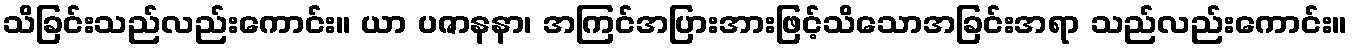
သိခြင်းသည်လည်းကောင်း။ ယာ ပဇာနနာ၊ အကြင်အပြားအားဖြင့်သိသောအခြင်းအရာ သည်လည်းကောင်း။